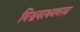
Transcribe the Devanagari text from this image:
विश्वनाथनवरत्न